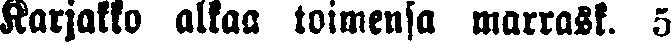
Karjakko alkaa toimensa marrask. 5